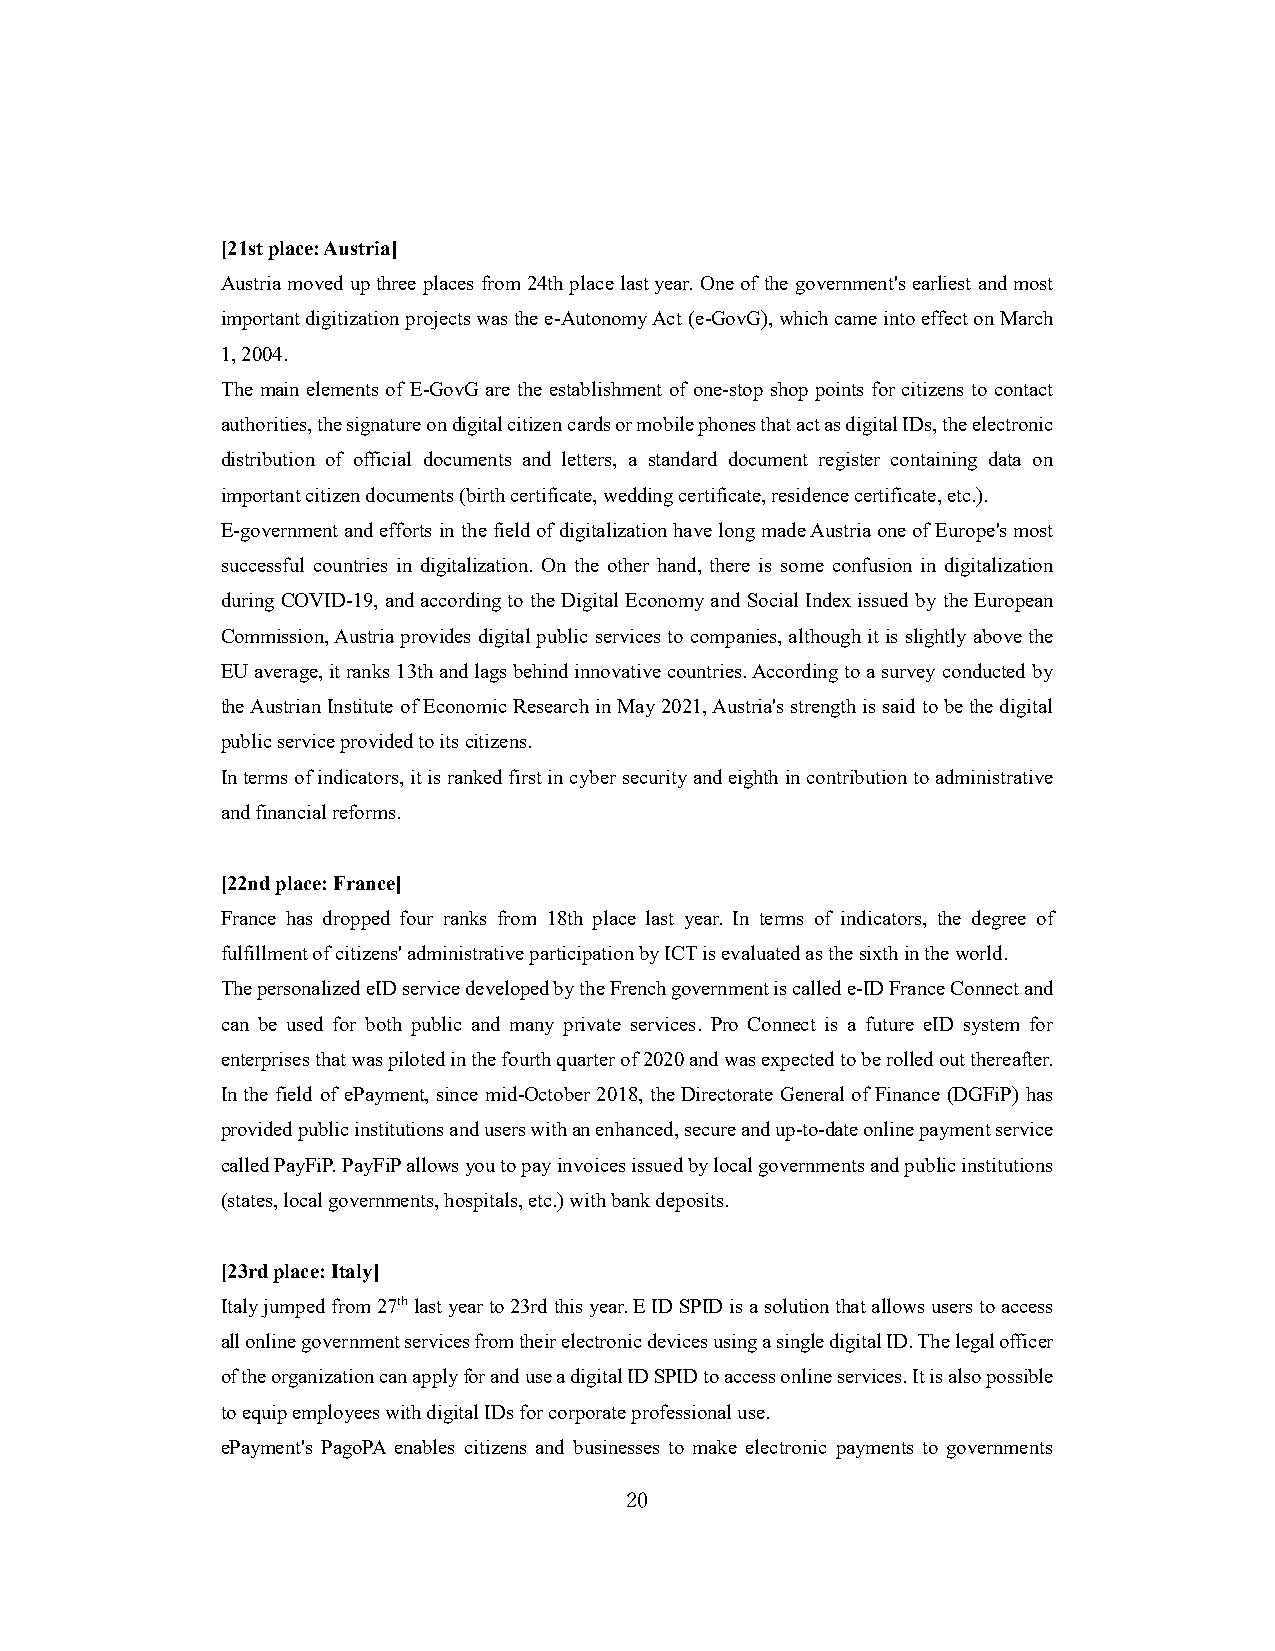
[21st place: Austria]
 Austria moved up three places from 24th place last year. One of the government's earliest and most
 important digitization projects was the e-Autonomy Act (e-GovG), which came into effect on March
 1, 2004.
 The main elements of E-GovG are the establishment of one-stop shop points for citizens to contact
 authorities, the signature on digital citizen cards or mobile phones that act as digital IDs, the electronic
 distribution of official documents and letters, a standard document register containing data on
 important citizen documents (birth certificate, wedding certificate, residence certificate, etc.).
 E-government and efforts in the field of digitalization have long made Austria one of Europe's most
 successful countries in digitalization. On the other hand, there is some confusion in digitalization
 during COVID-19, and according to the Digital Economy and Social Index issued by the European
 Commission, Austria provides digital public services to companies, although it is slightly above the
 EU average, it ranks 13th and lags behind innovative countries. According to a survey conducted by
 the Austrian Institute of Economic Research in May 2021, Austria's strength is said to be the digital
 public service provided to its citizens.
 In terms of indicators, it is ranked first in cyber security and eighth in contribution to administrative
 and financial reforms.
 [22nd place: France]
 France has dropped four ranks from 18th place last year. In terms of indicators, the degree of
 fulfillment of citizens' administrative participation by ICT is evaluated as the sixth in the world.
 The personalized eID service developed by the French government is called e-ID France Connect and
 can be used for both public and many private services. Pro Connect is a future eID system for
 enterprises that was piloted in the fourth quarter of 2020 and was expected to be rolled out thereafter.
 In the field of ePayment, since mid-October 2018, the Directorate General of Finance (DGFiP) has
 provided public institutions and users with an enhanced, secure and up-to-date online payment service
 called PayFiP. PayFiP allows you to pay invoices issued by local governments and public institutions
 (states, local governments, hospitals, etc.) with bank deposits.
 [23rd place: Italy]
 Italy jumped from 27th last year to 23rd this year. E ID SPID is a solution that allows users to access
 all online government services from their electronic devices using a single digital ID. The legal officer
 of the organization can apply for and use a digital ID SPID to access online services. It is also possible
 to equip employees with digital IDs for corporate professional use.
 ePayment's PagoPA enables citizens and businesses to make electronic payments to governments
 20